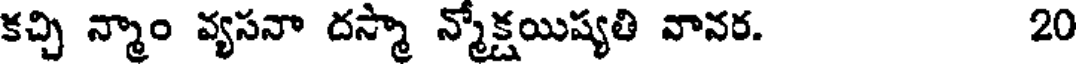
కచ్చి న్మాం వ్యసనా దస్మా న్మోక్షయిష్యతి వావర. 20